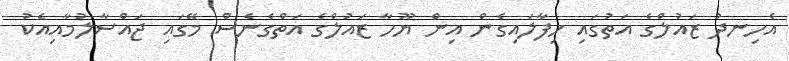
އެހިނދު ޒައުލްގެ އަތުގައި ހިފާލައިގެން އިން ޔޫހާ ޒައުލްގެ އަތްގެނެސް މޭގައި ޖައްސާލުމާއިއެކު